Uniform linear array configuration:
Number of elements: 12
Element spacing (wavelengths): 0.5
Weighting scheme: exponential
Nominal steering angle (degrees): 0
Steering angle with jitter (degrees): -0.6994
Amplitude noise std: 0.05
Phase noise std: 0.05

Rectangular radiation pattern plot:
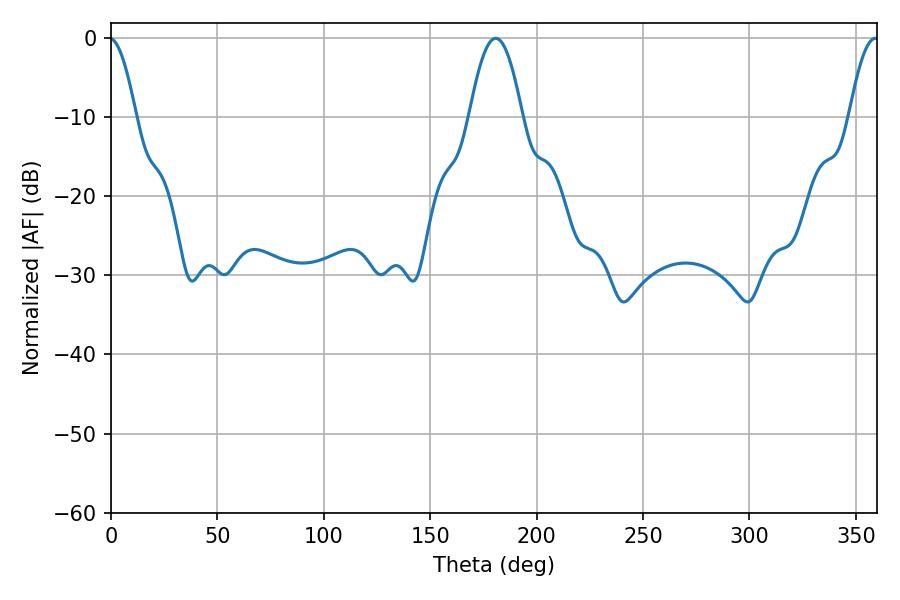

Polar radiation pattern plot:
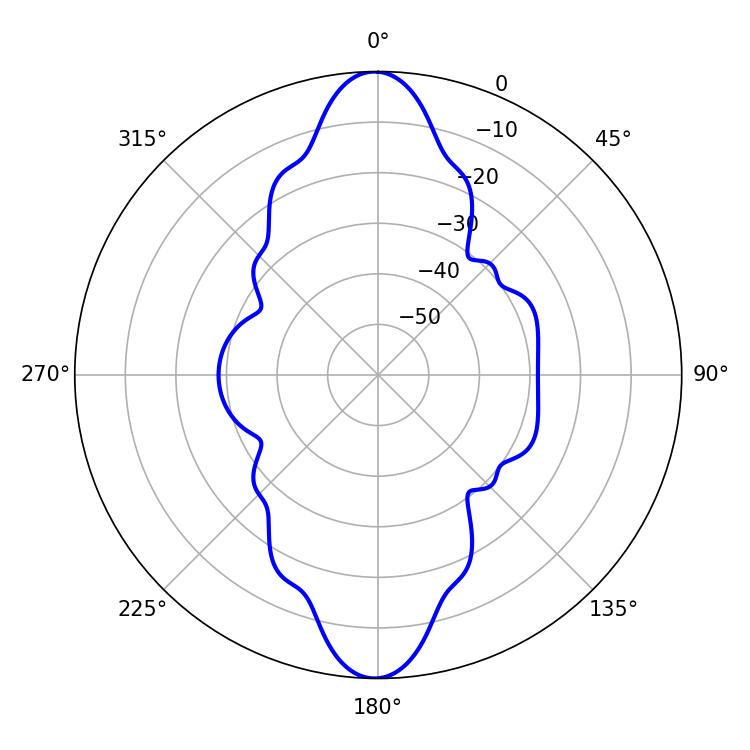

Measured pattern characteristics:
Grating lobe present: FALSE
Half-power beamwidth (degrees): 13.5
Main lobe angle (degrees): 180.72